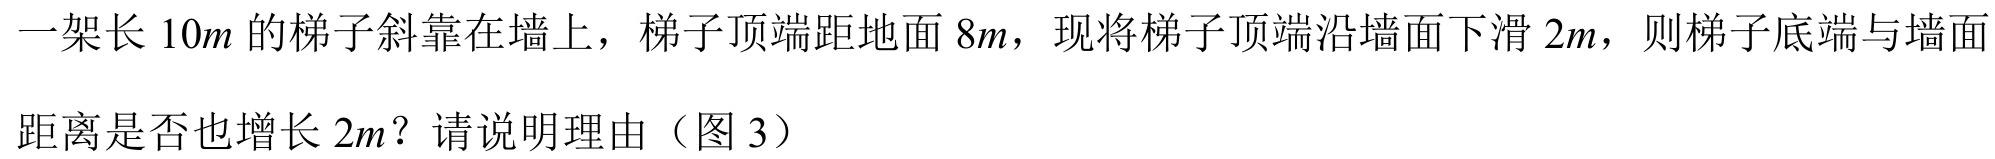
一架长 \(10m\) 的梯子斜靠在墙上，梯子顶端距地面 \(8m\)，现将梯子顶端沿墙面下滑 \(2m\)，则梯子底端与墙面距离是否也增长 \(2m\)？请说明理由（图 3）